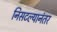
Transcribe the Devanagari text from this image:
निसटल्यानंतर